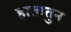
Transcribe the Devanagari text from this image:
हातातुन